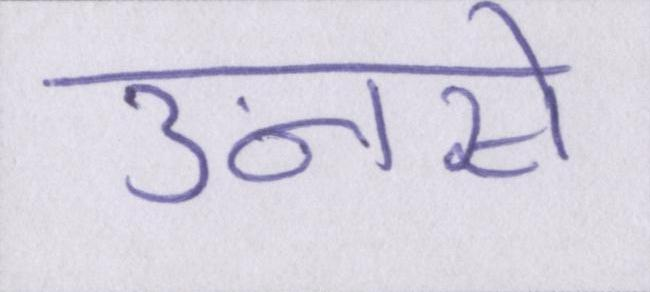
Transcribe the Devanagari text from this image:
उनसे